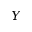
Y